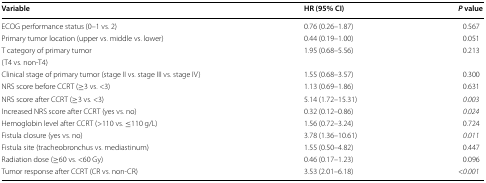
| Variable | HR (95% CI) | P value |
 | --- | --- | --- |
 | ECOG performance status (0–1 vs. 2) | 0.76 (0.26–1.87) | 0.567 |
 | Primary tumor location (upper vs. middle vs. lower) | 0.44 (0.19–1.00) | 0.051 |
 | T category of primary tumor | <ROWSPAN=2> 1.95 (0.68–5.56) | <ROWSPAN=2> 0.213 |
 | (T4 vs. non-T4) |
 | Clinical stage of primary tumor (stage II vs. stage III vs. stage IV) | 1.55 (0.68–3.57) | 0.300 |
 | NRS score before CCRT (≥3 vs. <3) | 1.13 (0.69–1.86) | 0.631 |
 | NRS score after CCRT (≥3 vs. <3) | 5.14 (1.72–15.31) | 0.003 |
 | Increased NRS score after CCRT (yes vs. no) | 0.32 (0.12–0.86) | 0.024 |
 | Hemoglobin level after CCRT (>110 vs. ≤110 g/L) | 1.56 (0.72–3.24) | 0.724 |
 | Fistula closure (yes vs. no) | 3.78 (1.36–10.61) | 0.011 |
 | Fistula site (tracheobronchus vs. mediastinum) | 1.55 (0.50–4.82) | 0.447 |
 | Radiation dose (≥60 vs. <60 Gy) | 0.46 (0.17–1.23) | 0.096 |
 | Tumor response after CCRT (CR vs. non-CR) | 3.53 (2.01–6.18) | <0.001 |